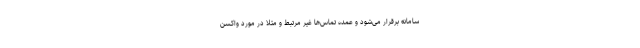
سامانه برقرار می‌شود و عمده تماس‌ها غیر مرتبط و مثلا در مورد واکسن